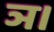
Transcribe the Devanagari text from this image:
ञ।